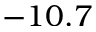
- 1 0 . 7